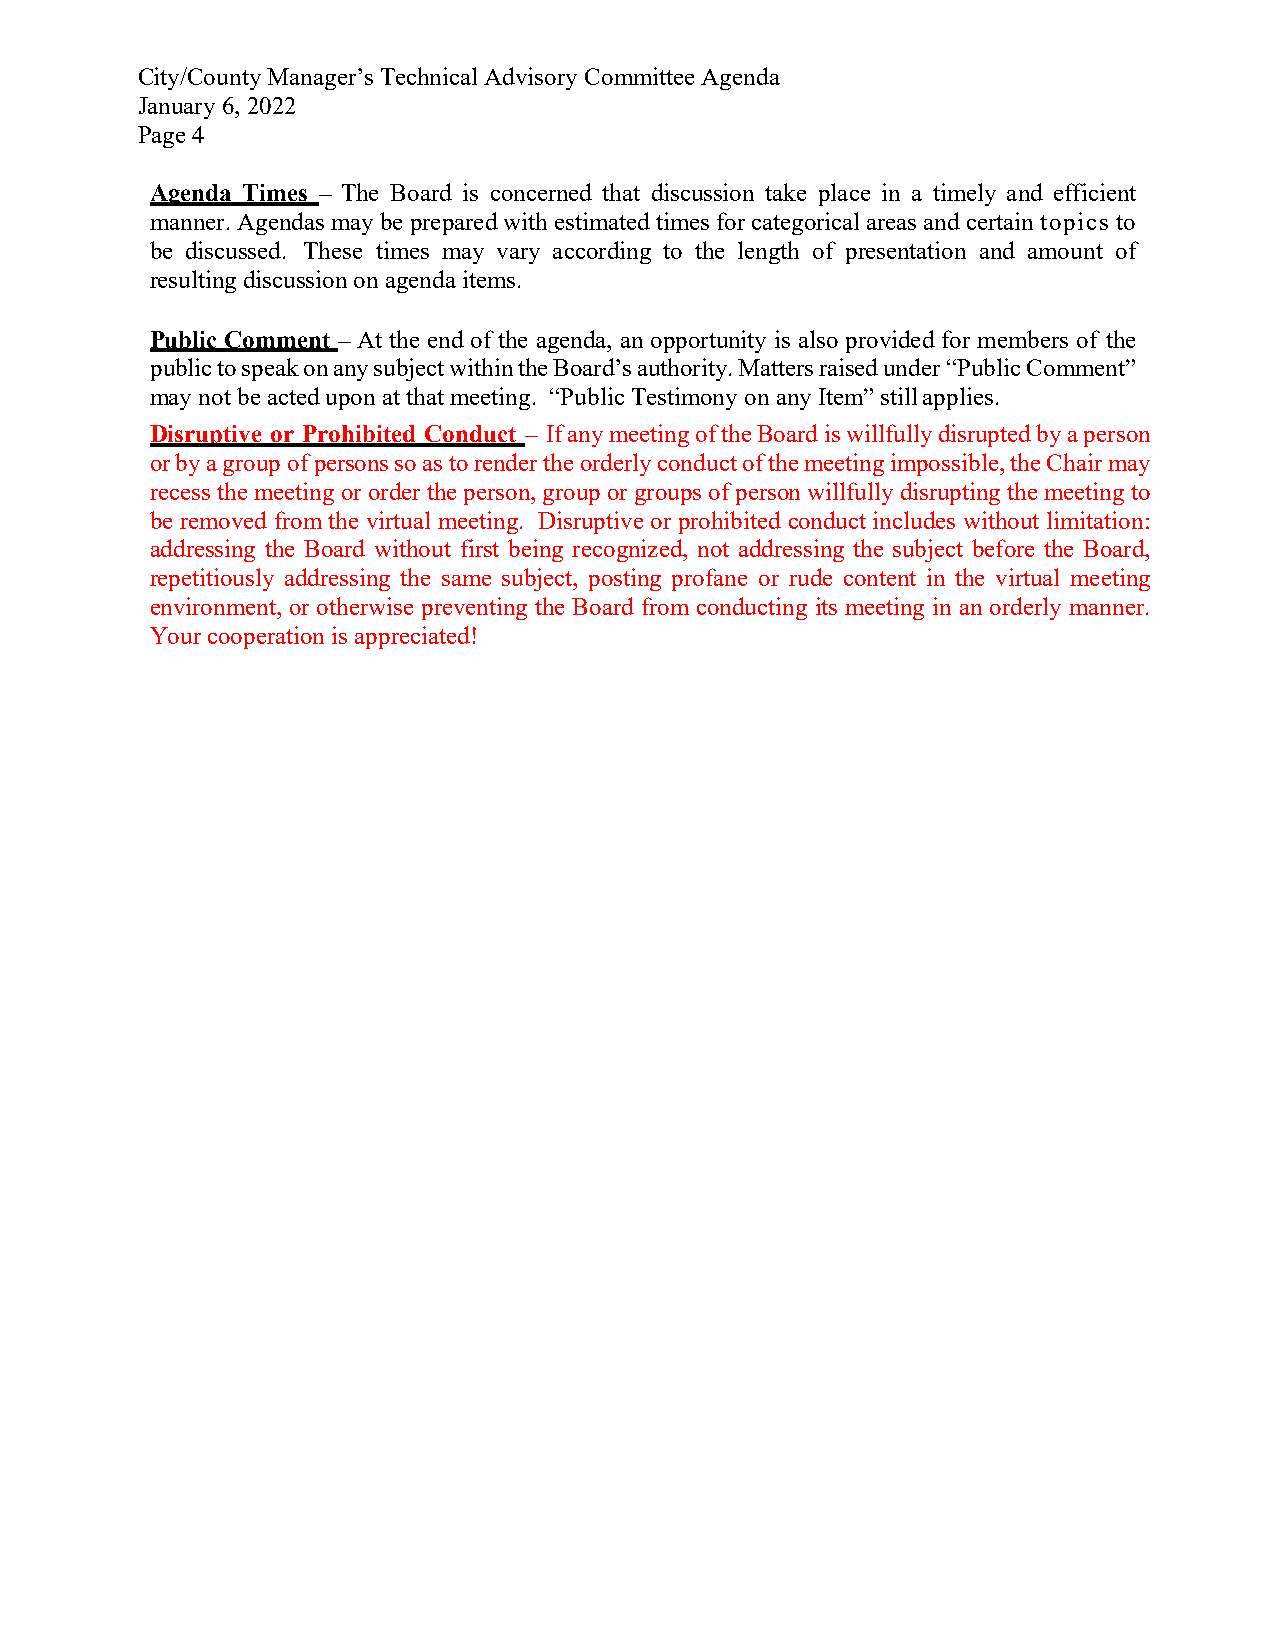
City/County Manager’s Technical Advisory Committee Agenda
 January 6, 2022
 Page 4
 Agenda Times – The Board is concerned that discussion take place in a timely and efficient
 manner. Agendas may be prepared with estimated times for categorical areas and certain topics to
 be discussed. These times may vary according to the length of presentation and amount of
 resulting discussion on agenda items.
 Public Comment – At the end of the agenda, an opportunity is also provided for members of the
 public to speak on any subject within the Board’s authority. Matters raised under “Public Comment”
 may not be acted upon at that meeting. “Public Testimony on any Item” still applies.
 Disruptive or Prohibited Conduct – If any meeting of the Board is willfully disrupted by a person
 or by a group of persons so as to render the orderly conduct of the meeting impossible, the Chair may
 recess the meeting or order the person, group or groups of person willfully disrupting the meeting to
 be removed from the virtual meeting. Disruptive or prohibited conduct includes without limitation:
 addressing the Board without first being recognized, not addressing the subject before the Board,
 repetitiously addressing the same subject, posting profane or rude content in the virtual meeting
 environment, or otherwise preventing the Board from conducting its meeting in an orderly manner.
 Your cooperation is appreciated!